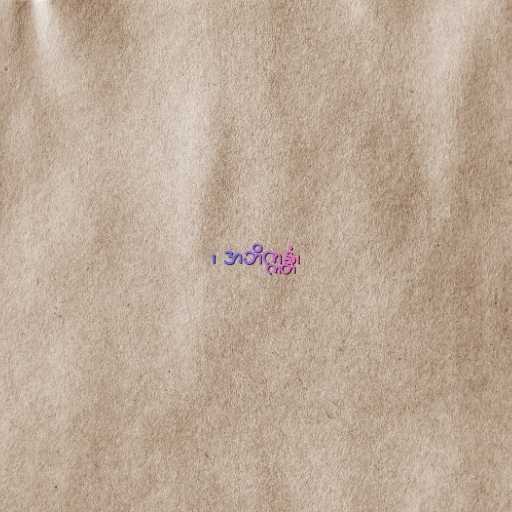
၊ အဘိက္ကန္တံ၊